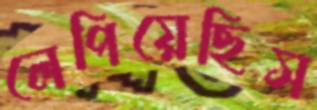
লেপিয়েছিস